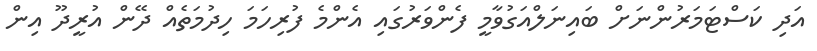
އަދި ކަސްޓަމަރުންނަށް ބައިނަލްއަގުވާމީ ފެންވަރުގައި އެންމެ ފުރިހަމަ ހިދުމަތެއް ދޭން އުރީދޫ އިން